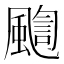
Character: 𩘇